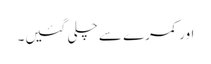
اور کمرے سے چلی گئیں۔